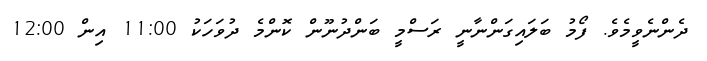
ދެންނެވީމެވެ. ފޯމު ބަލައިގަންނާނީ ރަސްމީ ބަންދުނޫން ކޮންމެ ދުވަހަކު 11:00 އިން 12:00